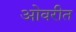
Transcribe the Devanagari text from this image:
ओवरीत